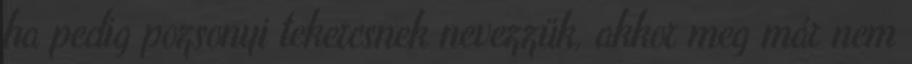
ha pedig pozsonyi tekercsnek nevezzük, akkor meg már nem